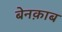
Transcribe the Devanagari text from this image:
बेनक़ाब